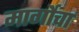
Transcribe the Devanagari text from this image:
मार्गोचा